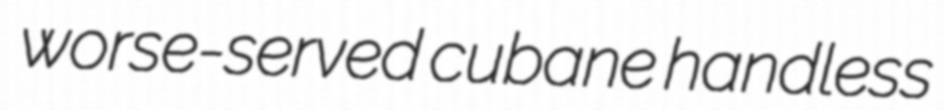
worse-served cubane handless